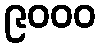
၉၀၀၀